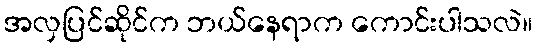
အလှပြင်ဆိုင်က ဘယ်နေရာက ကောင်းပါသလဲ။